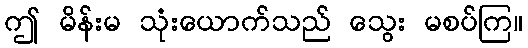
ဤ မိန်းမ သုံးယောက်သည် သွေး မစပ်ကြ။